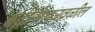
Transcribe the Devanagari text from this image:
बद्रीनाथजवळील